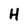
Character: H